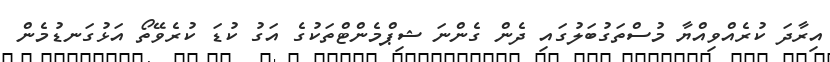
އިރާދަ ކުރެއްވިއްޔާ މުސްތަގުބަލުގައި ދެން ގެންނަ ޝިޕްމެންޓްތަކުގެ އަގު ކުޑަ ކުރެވޭތޯ އަޅުގަނޑުމެން